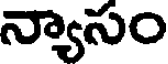
న్యాసం